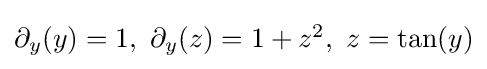
{\textstyle \partial _{y}(y)=1,\ \partial _{y}(z)=1+z^{2},\ z=\tan(y)}